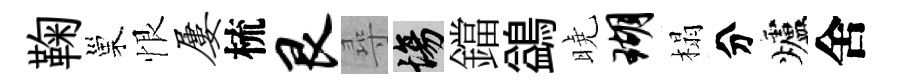
鞠巢恨屡梳艮尋場鐺鷁曉瑚榻分爐舍